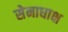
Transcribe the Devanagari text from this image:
सेनाधाक्ष